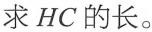
求HC的长。